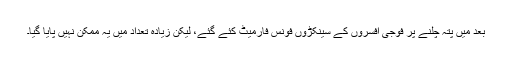
بعد میں پتہ چلنے پر فوجی افسروں کے سینکڑوں فونس فارمیٹ کئے گئے، لیکن زیادہ تعداد میں یہ ممکن نہیں پایا گیا۔